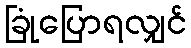
ခြုံပြောရလျှင်